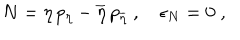
N = \eta \, p _ { \eta } - \overline { { { \eta } } } \, p _ { \overline { { { \eta } } } } \ , \epsilon _ { N } = 0 \; ,